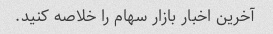
آخرین اخبار بازار سهام را خلاصه کنید.